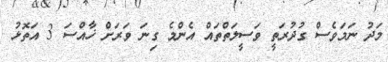
މަދު ނަމަވެސް ގުދުރަތީ ވަސީލަތްތައް އެންމެ ގިނަ ވަރަށް ޚާއްސަ 3 އަތޮޅު